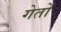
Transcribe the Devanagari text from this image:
गेतों